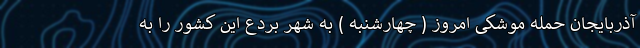
آذربایجان حمله موشکی امروز ( چهارشنبه ) به شهر بردَع این کشور را به